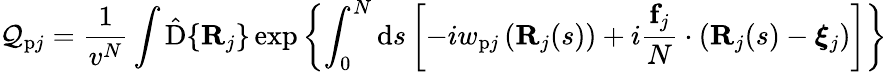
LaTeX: \mathcal{Q}_{\mathrm{{p}}j}=\frac{{1}}{{v^{N}}}\int\hat{{\mathrm{{D}}}}\{ \mathbf{{R}}_{j}\} \exp\left\{ \int_{0}^{N}\mathrm{{d}}s\left[-iw_{\mathrm{{p}}j}\left(\mathbf{{R}}_{j}(s)\right)+i\frac{{\mathbf{{f}}_{j}}}{{N}}\cdot(\mathbf{{R}}_{j}(s)-\boldsymbol{\xi}_{j})\right]\right\}